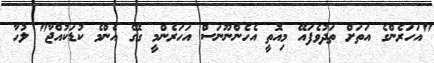
"އަހަރެންގެ އަތަށް ތަދުވެފައޭ މިއޮތީ އެހެންނޫނަސް އަހަރެންމީ ގޭގެ އެންމެ ކުޑަކުއްޖާ" ލުހާ